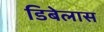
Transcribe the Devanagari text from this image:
डिबेलास